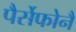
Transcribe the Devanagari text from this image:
पैर्सेफोनै